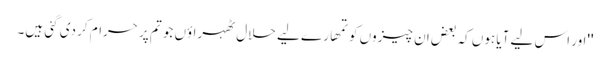
''اور اس لیے آیا ہوں کہ بعض ان چیزوں کو تمھارے لیے حلال ٹھہراؤں جو تم پر حرام کر دی گئی ہیں۔